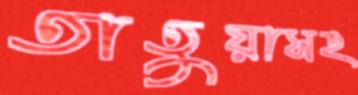
তাতুয়াসহ